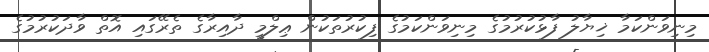
މިނިވަންކަމާ ޚިޔާލު ފާޅުކުރުމުގެ މިނިވަންކަމުގެ ފިކުރުތަކުން ޢިލްމީ ދާއިރާގެ ތެރޭގައި އޮތް ވާދަކުރުމުގެ